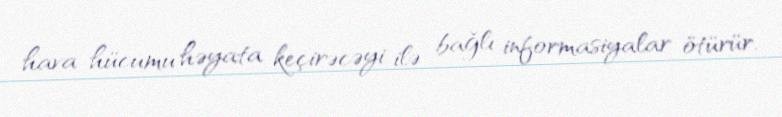
hava hücumu həyata keçirəcəyi ilə bağlı informasiyalar ötürür.